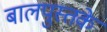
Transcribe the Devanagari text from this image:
बालपुस्तके